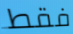
فقط